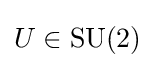
{\textstyle U\in \operatorname {SU} (2)}